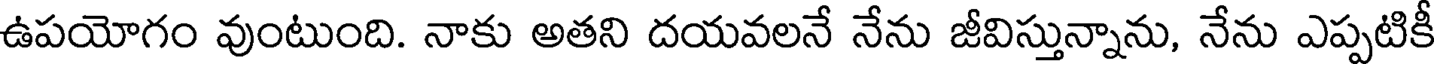
ఉపయోగం వుంటుంది. నాకు అతని దయవలనే నేను జీవిస్తున్నాను, నేను ఎప్పటికీ